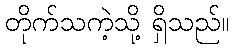
တိုက်သကဲ့သို့ ရှိသည်။